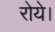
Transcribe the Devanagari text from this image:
रोये।